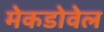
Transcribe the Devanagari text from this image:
मेकडोवेल